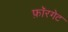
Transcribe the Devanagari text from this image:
फ़ॉरगेट